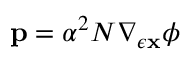
{ \mathbf { p } } = \alpha ^ { 2 } N \nabla _ { \epsilon { \mathbf { x } } } \phi